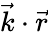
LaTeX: {\vec{k}}\cdot{\vec{r}}